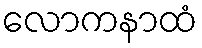
လောကနာထံ